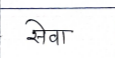
मजकूर: सेवा